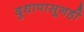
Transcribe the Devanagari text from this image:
दुधापासूनही